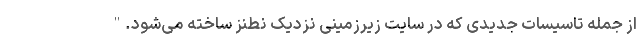
از جمله تاسیسات جدیدی که در سایت زیرزمینی نزدیک نطنز ساخته می‌شود."